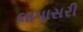
લાપાસરી